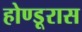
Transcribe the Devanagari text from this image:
होण्डूरास